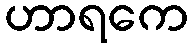
ဟာရကေ